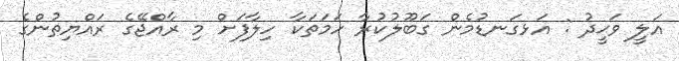
އަލީ ވަޙީދު : އަޅގަނޑުމެން ގަބޫލުކުރާ ހަމަތަކާ ހިލާފަށް މި ރާއްޖޭގެ ރައްޔިތުންގެ